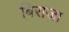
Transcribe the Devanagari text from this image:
बिराजा